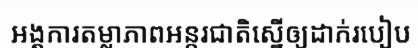
អង្គការតម្លាភាពអន្តរជាតិស្នើឲ្យដាក់របៀប